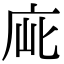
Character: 𢈃